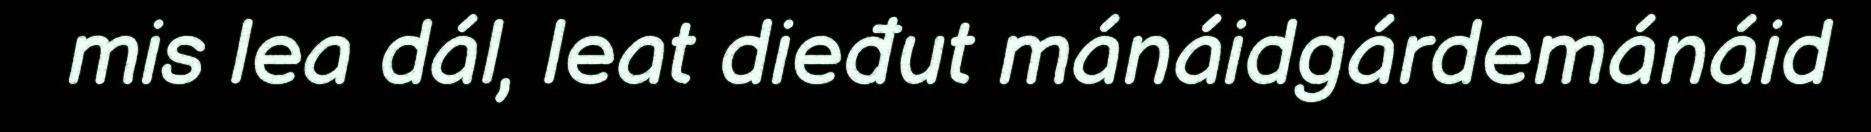
mis lea dál, leat dieđut mánáidgárdemánáid